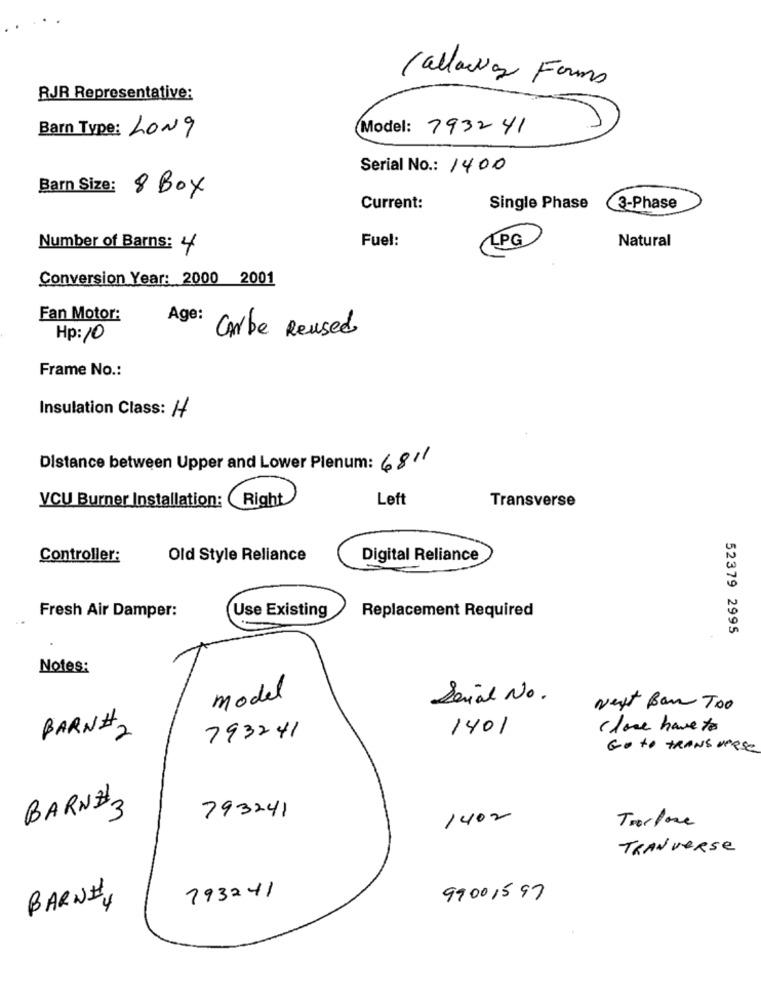
Callaway Forms
RJR Representative:
Barn Type: LONG
Model: 793241
Serial No .: 1400
Barn Size: 8 Box
Current:
Single Phase
3-Phase
Fuel:
Natural
Number of Barns: 4
LPG
Conversion Year: 2000 2001
Fan Motor:
Age:
Hp: 10
Carbe Reused
Frame No .:
Insulation Class: //
Distance between Upper and Lower Plenum: 6811
Right
Left
VCU Burner Installation:
Transverse
Controller:
Old Style Reliance
Digital Reliance
Fresh Air Damper:
Replacement Required
Use Existing
52379 2995
Notes:
model
Serial No.
Next Ban Too
BARN#2
1401
close have to
793241
GO to TRANSVERSE
BARN#3
793241
1402
Tracfone
TRAN VERSe
793241
BARNE,
99001597